Annual administration and progress report of the Indian Medical Department, Bombay
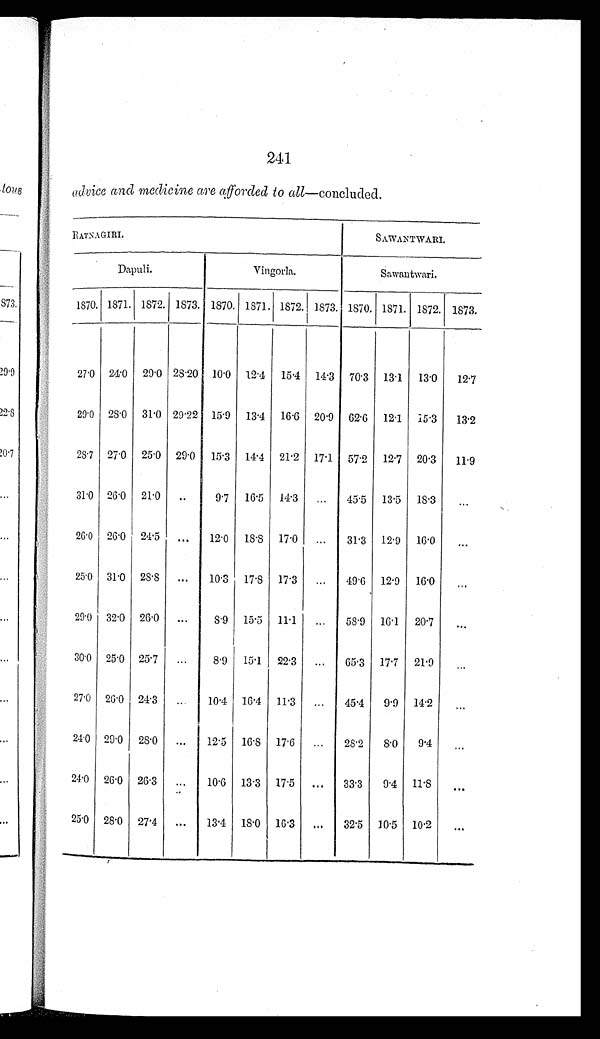
241
advice and medicine are afforded to all —concluded.
RATNAGIRI.
SAWANTWARI.
Dapuli.
Vingorla.
Sawantwari.
1870. 1871. 1872. 1873. 1870. 1871. 1872. 1873. 1870. 1871. 1872. 1873.
27.0 24.0 29.0 28.20 10.0 12.4 15.4 14.3 70.3 13.1 13.0 12.7
29.0 28.0 31.0 29.22 15.9 13.4 16.6 20.9 62.6 12.1 15.3 13.2
28.7 27.0 25.0 29.0 15.3 14.4 21.2 17.1 57.2 12.7 20.3 11.9
31.0 26.0 21.0 ..
9.7 16.5 14.3 ... 45.5 13.5 18.3 ...
26.0 26.0 24.5 ... 12.0 18.8 17.0 ...
31.3 12.9 16.0 ...
25.0 31.0 28.8 ... 10.3 17.8 17.3 ... 49.6 12.9 16.0 ...
29.0 32.0 26.0 ...
8.9 15.5 11.1 ... 58.9 16.1 20.7 ...
30.0 25.0 25.7 ...
8.9 15.1 22.3 ...
65.3 17.7 21.9 ...
27.0 26.0 24.3 ... 10.4 16.4 11.3 ...
45.4 9.9 14.2 ...
24.0 29.0 28.0 ... 12.5 16.8 17.6 ...
28.2 8.0 9.4 ...
24.0 26.0 26.3 ... 10.6 13.3 17.5 ... 33.3 9.4 11.8 ...
25.0 28.0 27.4 ... 13.4 18.0 16.3 ... 32.5 10.5 10.2 ...